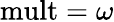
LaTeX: {\mathrm{mult}}=\omega